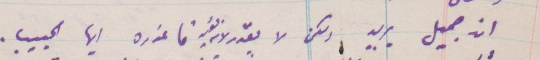
انه جميل يريد ولكن لا يقدر لان ... فاعذره أيها الحبيب.